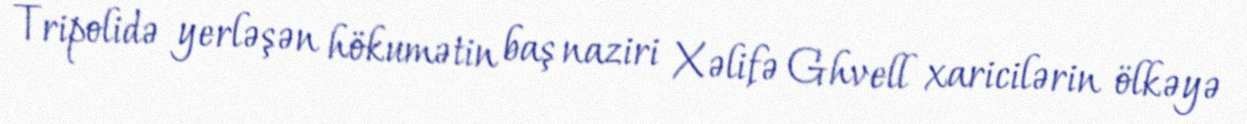
Tripolidə yerləşən hökumətin baş naziri Xəlifə Ghvell xaricilərin ölkəyə